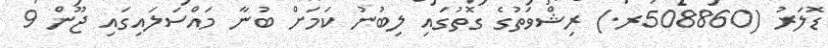
ޑޮލަރު (508860ރ.) ރިޝްވަތުގެ ގޮތުގައި ލިބުނު ކަމަށް ބުނާ މައްސަލައިގައި ޖޫން 9